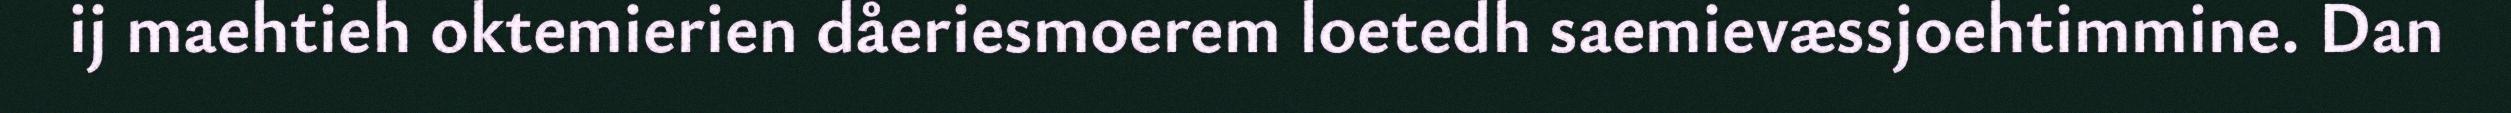
ij maehtieh oktemierien dåeriesmoerem loetedh saemievæssjoehtimmine. Dan